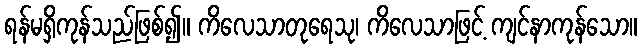
ရန်မရှိကုန်သည်ဖြစ်၍။ ကိလေသာတုရေသု၊ ကိလေသာဖြင့် ကျင်နာကုန်သော။